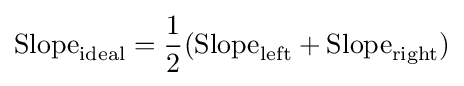
{\text{Slope}}_{\text{ideal}}={\frac {1}{2}}({\text{Slope}}_{\text{left}}+{\text{Slope}}_{\text{right}})